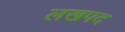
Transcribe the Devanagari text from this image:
लखपद